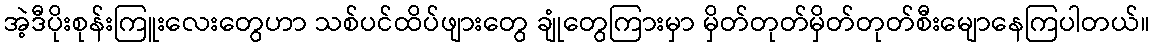
အဲ့ဒီပိုးစုန်းကြူးလေးတွေဟာ သစ်ပင်ထိပ်ဖျားတွေ ချုံတွေကြားမှာ မှိတ်တုတ်မှိတ်တုတ်စီးမျောနေကြပါတယ်။